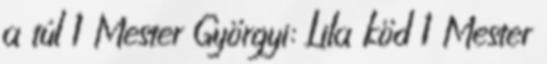
a túl 1 Mester Györgyi: Lila köd 1 Mester